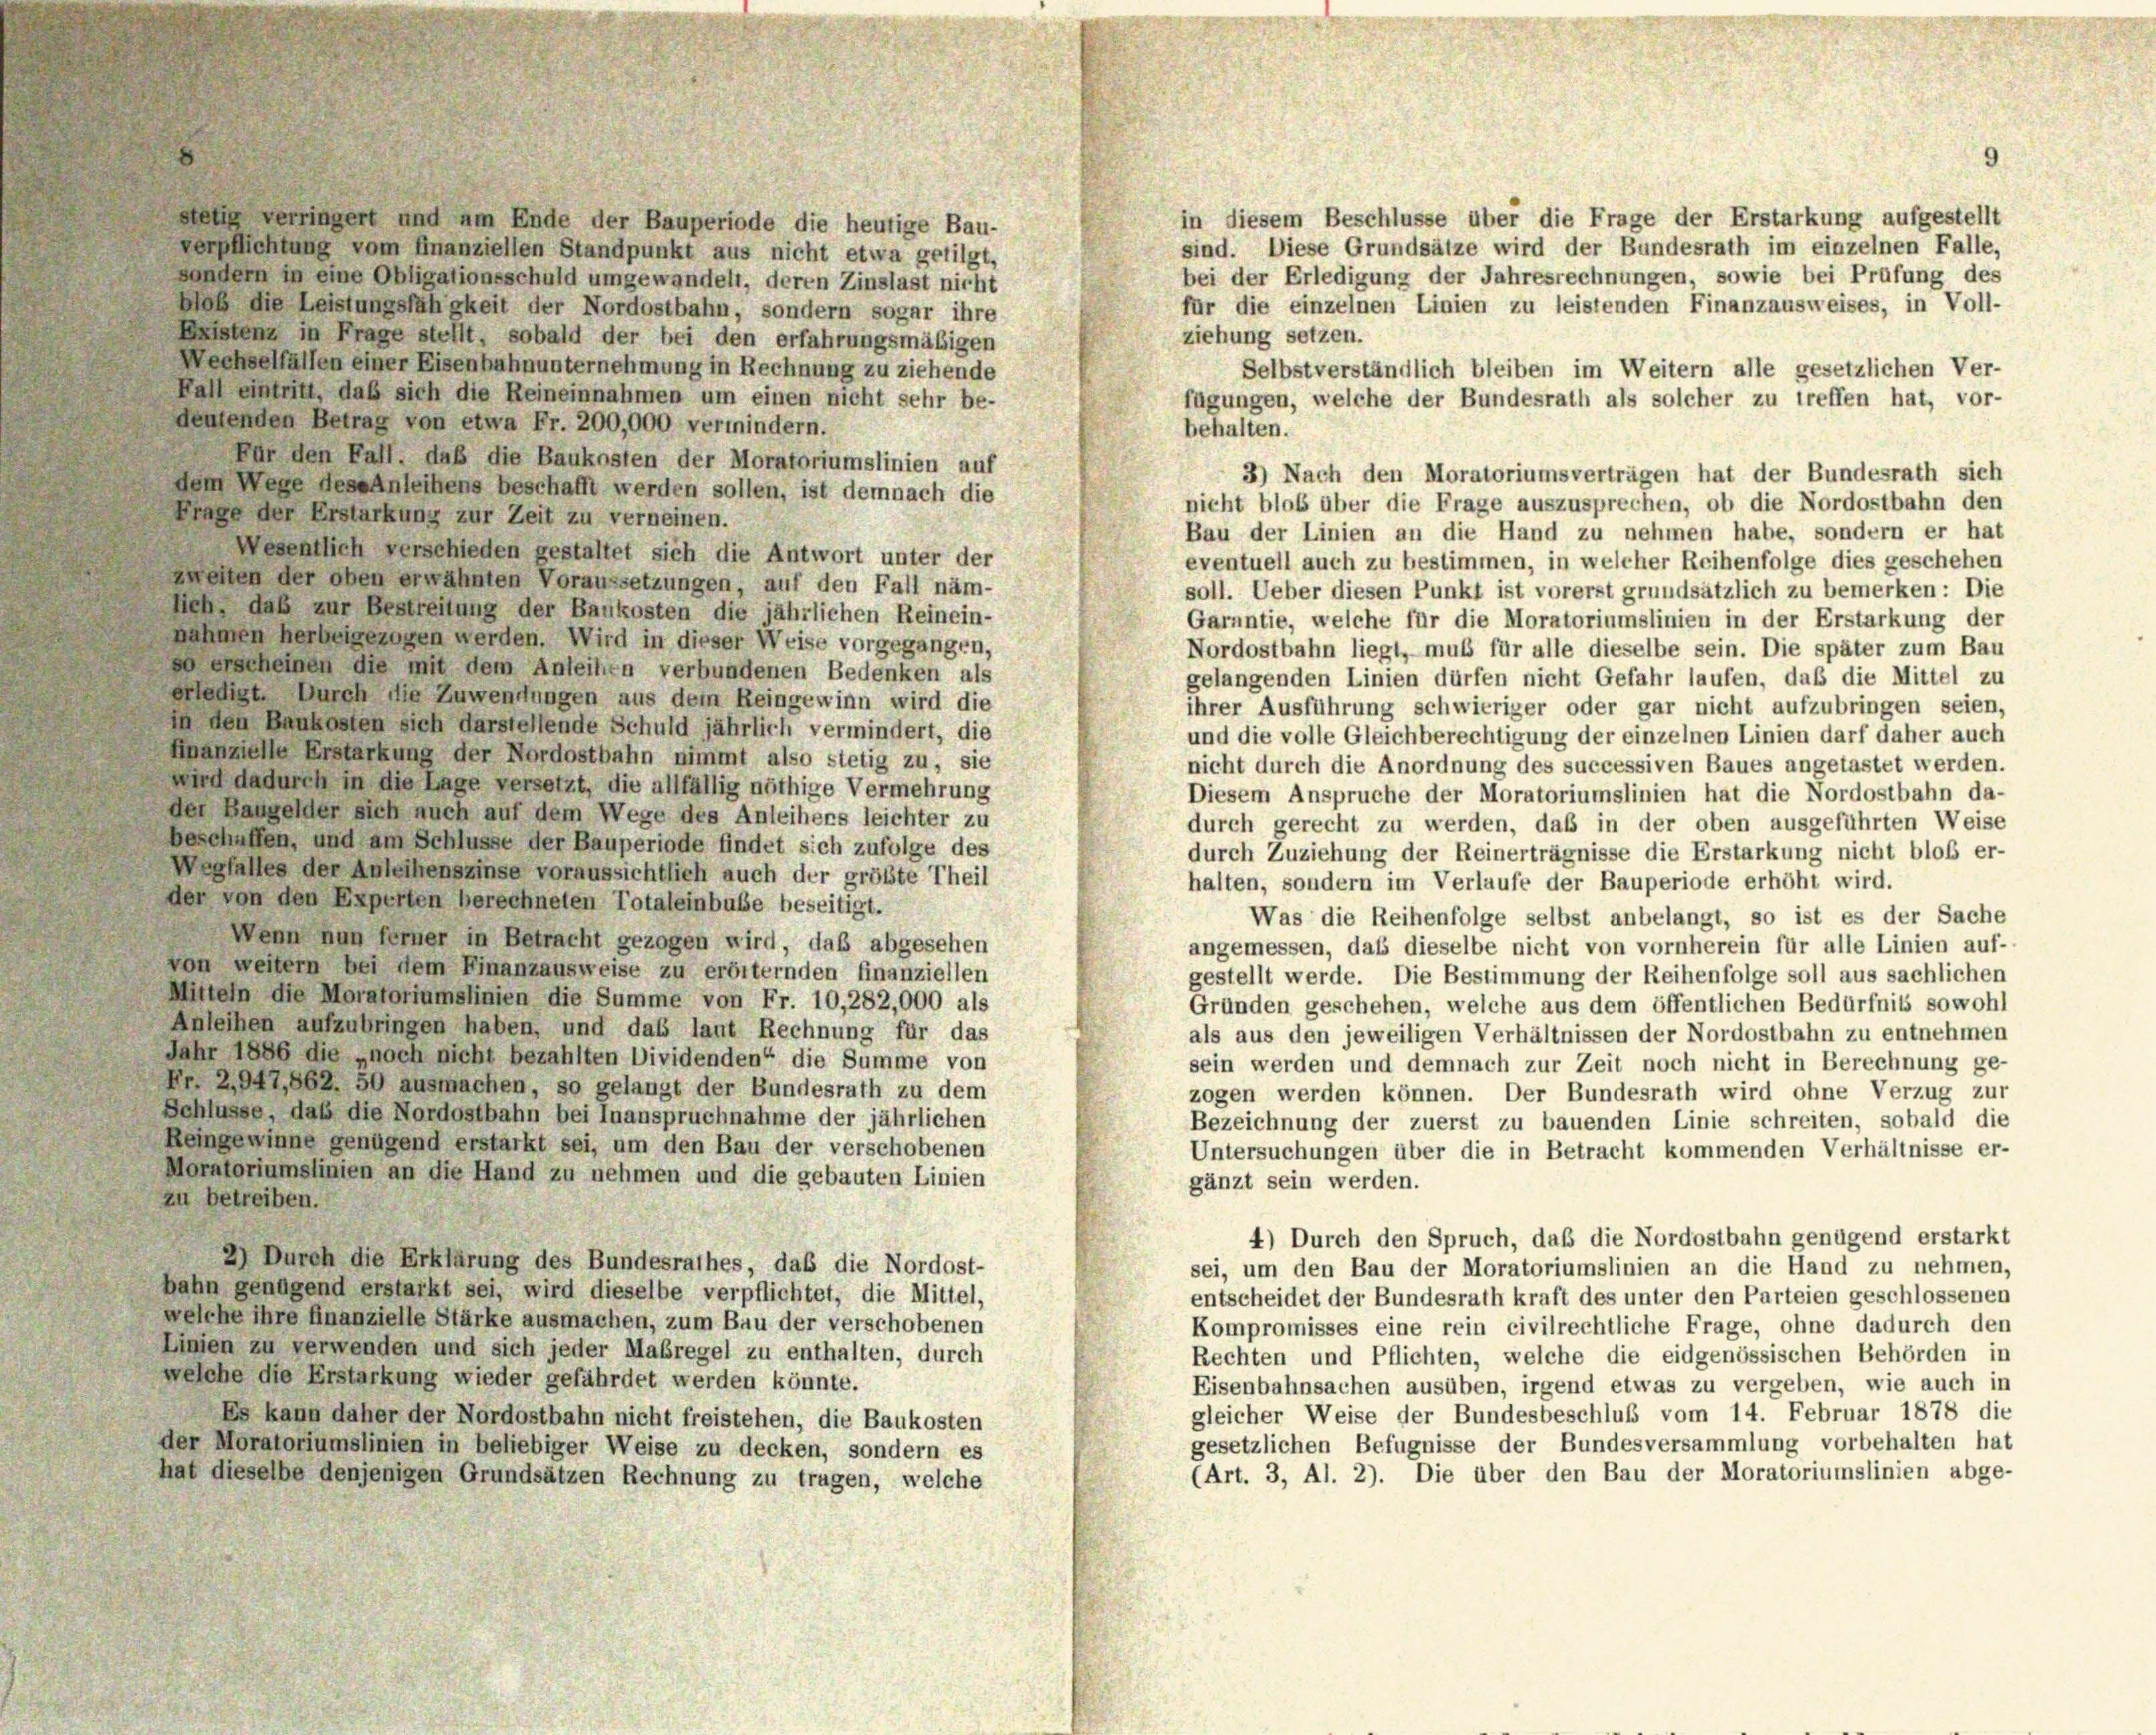
9

selig verringert und um Ende der Bauperiode die heutige Bau-
verpflichtung vom finanziellen Standpunkt aus nicht etwa getilgt,
sondern in eine Obligationsschuld umgewandelt, deren Zinslast nicht
für die einzelnen Linien zu leistenden Finanzausweises, in Voll-
Blob die Leistungsfähigkeit der Nordostbahn, sondern sogar ihre
ziehung setzen.
aistenz in Frage stellt, sobald der bei den erfahrungsmäßigen
Wechselfällen einer Eisenhahnunternehmung in Rechnung zu ziehende
Selbstverständlich bleiben im Weitern alle gesetzlichen Ver-
Fall eintritt, daß sich die Reineinnahmen um einen nicht sehr be-
fügungen, welche der Bundesrath als solcher zu treffen hat, vor-
deutenden Betrag von etwa Fr. 200,000 vermindern.
behalten.
Für den Fall, daß die Baukosten der Moratoriumslinien auf
3) Nach den Moratoriumsverträgen hat der Bundesrath sich
dem Wege des Anleihens beschafft werden sollen, ist demnach die
nicht bloß über die Frage auszusprechen, ob die Nordostbahn den
Frage der Erstarkung zur Zeit zu verneinen.
Bau der Linien an die Hand zu nehmen habe, sondern er hat
Wesentlich verschieden gestaltet sich die Antwort unter der
eventuell auch zu bestimmen, in welcher Reihenfolge dies geschehen
zweiten der oben erwähnten Voraussetzungen, auf den Fall näm-
soll. Ueber diesen Punkt ist vorerst grundsätzlich zu bemerken: Die
sich, daß zur Bestreitung der Baukosten die jährlichen Reinein-
Garantie, welche für die Moratoriumslinien in der Erstarkung der
nahmen herbeigezogen werden. Wird in dieser Weise vorgegangen,
Nordostbahn liegt, muß für alle dieselbe sein. Die später zum Bau
so erscheinen die mit dem Anleiten verbundenen Bedenken als
gelangenden Linien dürfen nicht Gefahr laufen, daß die Mittel zu
erledigt. Durch die Zuwendungen aus dem Reingewinn wird die
ihrer Ausführung schwieriger oder gar nicht aufzubringen seien,
in den Baukosten sich darstellende Schuld jährlich vermindert, die
und die volle Gleichberechtigung der einzelnen Linien darf daher auch
Hanzielle Erstarkung der Nordostbahn nimmt also stetig zu, sie
nicht durch die Anordnung des successiven Baues angetastet werden.
wird dadurch in die Lage versetzt, die allfällig nöthige Vermehrung
Diesem Anspruche der Moratoriumslinien hat die Nordostbahn da-
der Baugelder sich auch auf dem Wege des Anleihers leichter zu
durch gerecht zu werden, daß in der oben ausgeführten Weise
beschaffen, und am Schlüsse der Bauperiode findet sich zufolge des
durch Zuziehung der Reinerträgnisse die Erstarkung nicht bloß er-
Wegfalles der Anleihenszinse voraussichtlich auch der größte Theil
halten, sondern im Verlaufe der Bauperiode erhöht wird.
der von den Experten berechneten Totaleinbuße beseitigt.
Was die Reihenfolge selbst anbelangt, so ist es der Sache
Wenn nun ferner in Betracht gezogen wird, daß abgesehen
angemessen, daß dieselbe nicht von vornherein für alle Linien auf-
von weitern bei dem Finanzausweise zu erörternden finanziellen
gestellt werde. Die Bestimmung der Reihenfolge soll aus sachlichen
Mitteln die Moratoriumslinien die Summe von Fr. 10,282,000 als
Gründen geschehen, welche aus dem öffentlichen Bedürfnis sowohl
Anleihen aufzubringen haben, und das laut Rechnung für das
als aus den jeweiligen Verhältnissen der Nordostbahn zu entnehmen
Jahr 1886 die „noch nicht bezahlten Dividenden“ die Summe von
sein werden und demnach zur Zeit noch nicht in Berechnung ge-
Nr 2947,662. 50 ausmachen, so gelangt der Bundesrath zu dem
zogen werden können. Der Bundesrath wird ohne Verzug zur
Schlüsse, daß die Nordostbahn bei Inanspruchnahme der jährlichen
Bezeichnung der zuerst zu bauenden Linie schreiten, sobald die
Reingewinne genügend erstarkt sei, um den Bau der verschobenen
Untersuchungen über die in Betracht kommenden Verhältnisse er-
Moratoriumslinien an die Hand zu nehmen und die gebauten Linien
gänzt sein werden.
zu betreiben.
4) Durch den Spruch, daß die Nordostbahn genügend erstarkt
2) Durch die Erklärung des Bundesrathes, das die Nordost-
sei, um den Bau der Moratoriumslinien an die Hand zu nehmen,
hahn genügend erstarkt sei, wird dieselbe verpflichtet, die Mittel,
entscheidet der Bundesrath kraft des unter den Parteien geschlossenen
welche ihre finanzielle Stärke ausmachen, zum Bau der verschobenen
Kompromisses eine rein civilrechtliche Frage, ohne dadurch den
Linien zu verwenden und sich jeder Maßregel zu enthalten, durch
Rechten und Pflichten, welche die eidgenössischen Behörden in
welche die Erstarkung wieder gefährdet werden könnte.
Eisenbahnsachen ausüben, irgend etwas zu vergeben, wie auch in
gleicher Weise der Bundesbeschluß vom 14. Februar 1878 die
Es kann daher der Nordostbahn nicht freistehen, die Baukosten
gesetzlichen Befugnisse der Bundesversammlung vorbehalten hat
der Moratoriumslinien in beliebiger Weise zu decken, sondern es
(Art. 3, Al. 2). Die über den Bau der Moratoriumslinien abge-
hat dieselbe denjenigen Grundsätzen Rechnung zu tragen, welche

in diesem Beschlüsse über die Frage der Erstarkung aufgestellt
sind. Diese Grundsätze wird der Bundesrath im einzelnen Falle,
bei der Erledigung der Jahresrechnungen, sowie bei Prüfung des